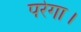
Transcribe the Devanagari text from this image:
परेगा।